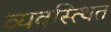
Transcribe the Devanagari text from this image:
व्यवस्त्थित